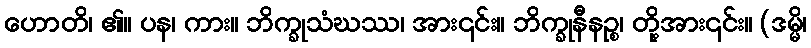
ဟောတိ၊ ၏။ ပန၊ ကား။ ဘိက္ခုသံဃဿ၊ အား၎င်း။ ဘိက္ခုနီနဉ္စ၊ တို့အား၎င်း။ (ဒမ္မိ၊